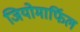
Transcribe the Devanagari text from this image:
जियोमार्फिल